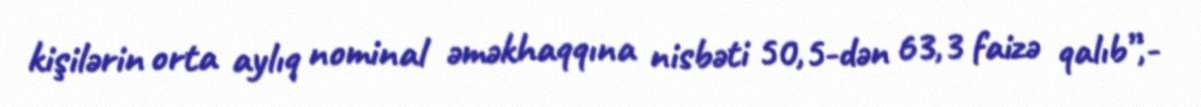
kişilərin orta aylıq nominal əməkhaqqına nisbəti 50,5-dən 63,3 faizə qalıb”,-